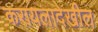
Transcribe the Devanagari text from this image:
करायलादेखील